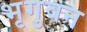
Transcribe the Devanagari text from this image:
भृगुवन